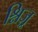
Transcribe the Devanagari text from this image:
श्निज़्र